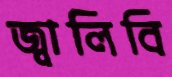
জ্বালিবি